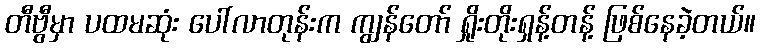
တီဗွီမှာ ပထမဆုံး ပေါ်လာတုန်းက ကျွန်တော် ရှိုးတိုးရှန့်တန့် ဖြစ်နေခဲ့တယ်။